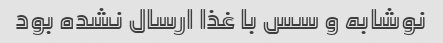
نوشابه و سس با غذا ارسال نشده بود